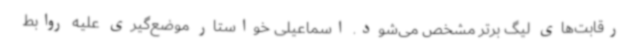
رقابت‌های لیگ برتر مشخص می‌شود. اسماعیلی خواستار موضع‌گیری علیه روابط